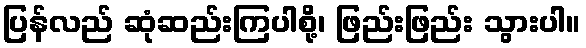
ပြန်လည် ဆုံဆည်းကြပါစို့၊ ဖြည်းဖြည်း သွားပါ။